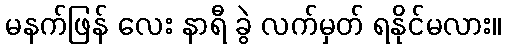
မနက်ဖြန် လေး နာရီ ခွဲ လက်မှတ် ရနိုင်မလား။